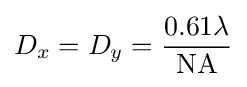
D_{x}=D_{y}={\frac {0.61\lambda }{\mathrm {NA} }}